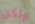
ولكن